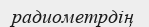
радиометрдің